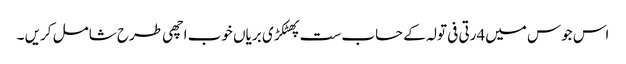
اس جوس میں4رتی فی تولہ کے حساب ست پھٹکڑی بریاں خوب اچھی طرح شامل کریں ۔